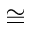
\cong